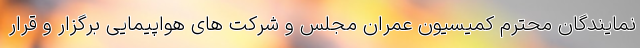
نمایندگان محترم کمیسیون عمران مجلس و شرکت های هواپیمایی برگزار و قرار